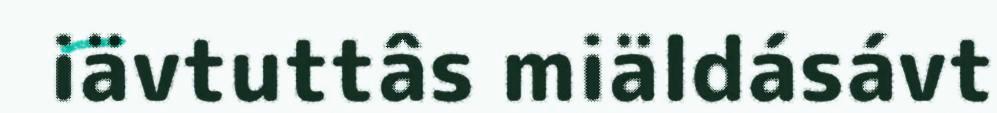
iävtuttâs miäldásávt